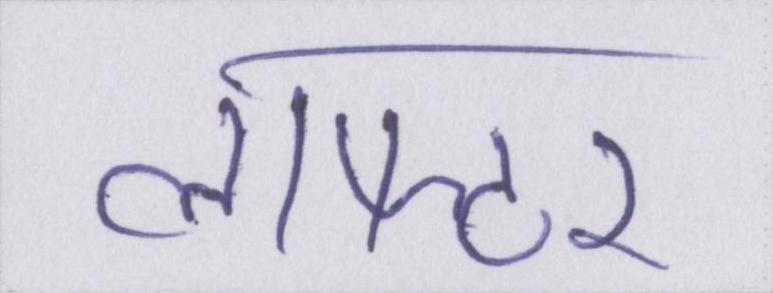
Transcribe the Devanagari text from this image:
लाफ्टर